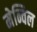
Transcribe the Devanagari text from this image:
मेन्विल